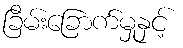
ခြိမ်းခြောက်မှုနှင့်